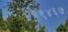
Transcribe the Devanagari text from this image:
४१९४६७